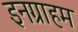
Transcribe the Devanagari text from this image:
इनग्राहम